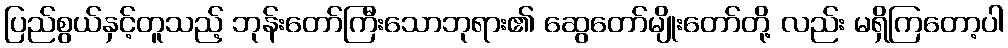
ပြည်စွယ်နှင့်တူသည့် ဘုန်းတော်ကြီးသောဘုရား၏ ဆွေတော်မျိုးတော်တို့ လည်း မရှိကြတော့ပါ